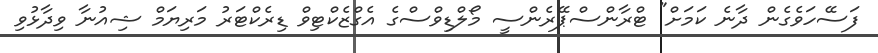
ފަސޭހަވެގެން ދާނެ ކަމަށް" ޓްރާންސްޕޭރެންސީ މޯލްޑިވްސްގެ އެގްޒެކްޓިވް ޑިރެކްޓަރު މަރިޔަމް ޝިއުނާ ވިދާޅުވި